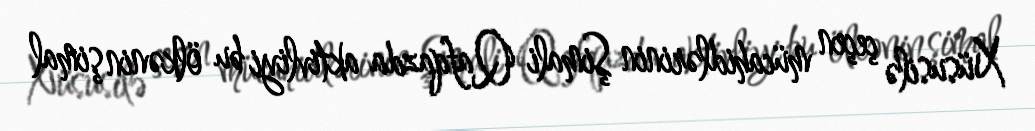
Xüsusilə çeçen mücahidlərinin Şimali Qafqazda aktivliyi bu ölkənin şimal